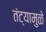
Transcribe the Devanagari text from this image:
तंट्यामुळे